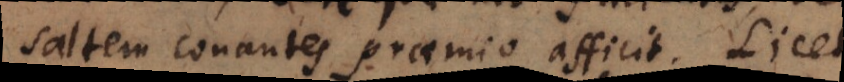
studiose conantes, praemio afficit; licet